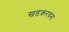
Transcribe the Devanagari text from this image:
खडकरचना